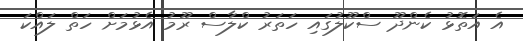
އެ އަތޮޅު ކެންދޫ ސްކޫލުގައި ހަތަރު ކްލާސް ރޫމު އެޅުމަށް ހަތް ލައްކަ